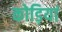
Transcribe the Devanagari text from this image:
कोड़ियां